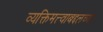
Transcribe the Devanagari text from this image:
व्यक्तिमत्त्वाबद्दलच्या